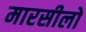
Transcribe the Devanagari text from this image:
मारसीलो